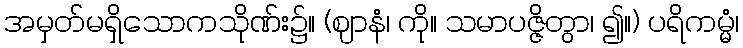
အမှတ်မရှိသောကသိုဏ်း၌။ (ဈာနံ၊ ကို။ သမာပဇ္ဇိတွာ၊ ၍။) ပရိကမ္မံ၊